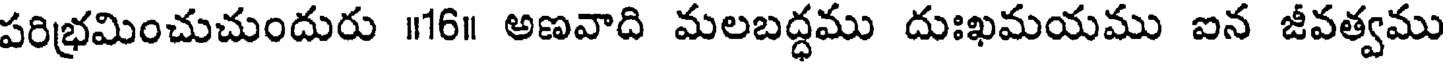
పరిభ్రమించుచుందురు ॥16॥ అణవాది మలబద్ధము దుఃఖమయము ఐన జీవత్వము